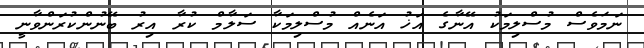
ނަމަވެސް މުސްލިމަކު އޭނާގެ އަޚު އަނެއް މުސްލިމަކާ ސަލާމް ކުރާ އިރު ބޭނުންކުރަންވާނީ